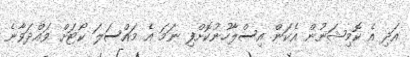
އަދި އެ ކޮމިޝަނުން އެކަން އިސްލާހުނުކޮށްފި ނަމަ އެ މައްސަލަ ކޯޓަށް ވައްދަވާނެ